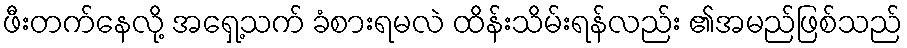
ဖီးတက်နေလို့ အရှေ့သက် ခံစားရမလဲ ထိန်းသိမ်းရန်လည်း ၏အမည်ဖြစ်သည်